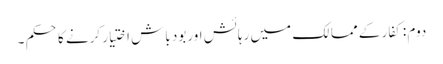
دوم : کفار کے ممالک میں رہائش اوربود باش اختیار کرنے کا حکم ۔